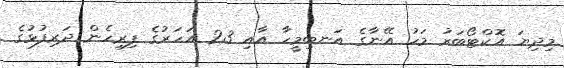
މިދިޔަ އޮކްޓޯބަރު މަހު އޭނާގެ އަނބިމީހާ އާއި 23 އަހަރުގެ ފިރިހެން ދަރިފުޅުގެ